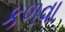
કળવા